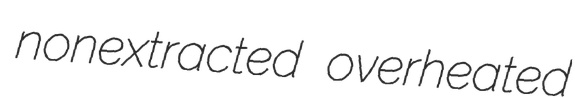
nonextracted overheated